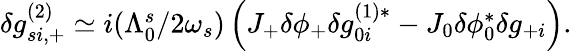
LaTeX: \begin{array}{r}{\delta g_{si,+}^{(2)}\simeq i(\Lambda_{0}^{s}/2\omega_{s})\left(J_{+}\delta\phi_{+}\delta g_{0i}^{(1)*}-J_{0}\delta\phi_{0}^{*}\delta g_{+i}\right).}\end{array}